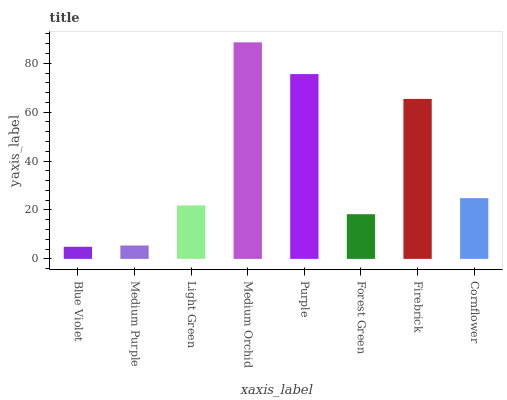
| xaxis_label | bars |
 | --- | --- |
 | Blue Violet | 4.95 |
 | Medium Purple | 5.48 |
 | Light Green | 21.9 |
 | Medium Orchid | 88.5 |
 | Purple | 75.6 |
 | Forest Green | 18.3 |
 | Firebrick | 65.4 |
 | Cornflower | 24.8 |